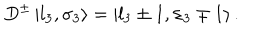
LaTeX: D ^ { \pm } \left| l _ { 3 } , \sigma _ { 3 } \right\rangle = \left| l _ { 3 } \pm 1 , \sigma _ { 3 } \mp 1 \right\rangle .